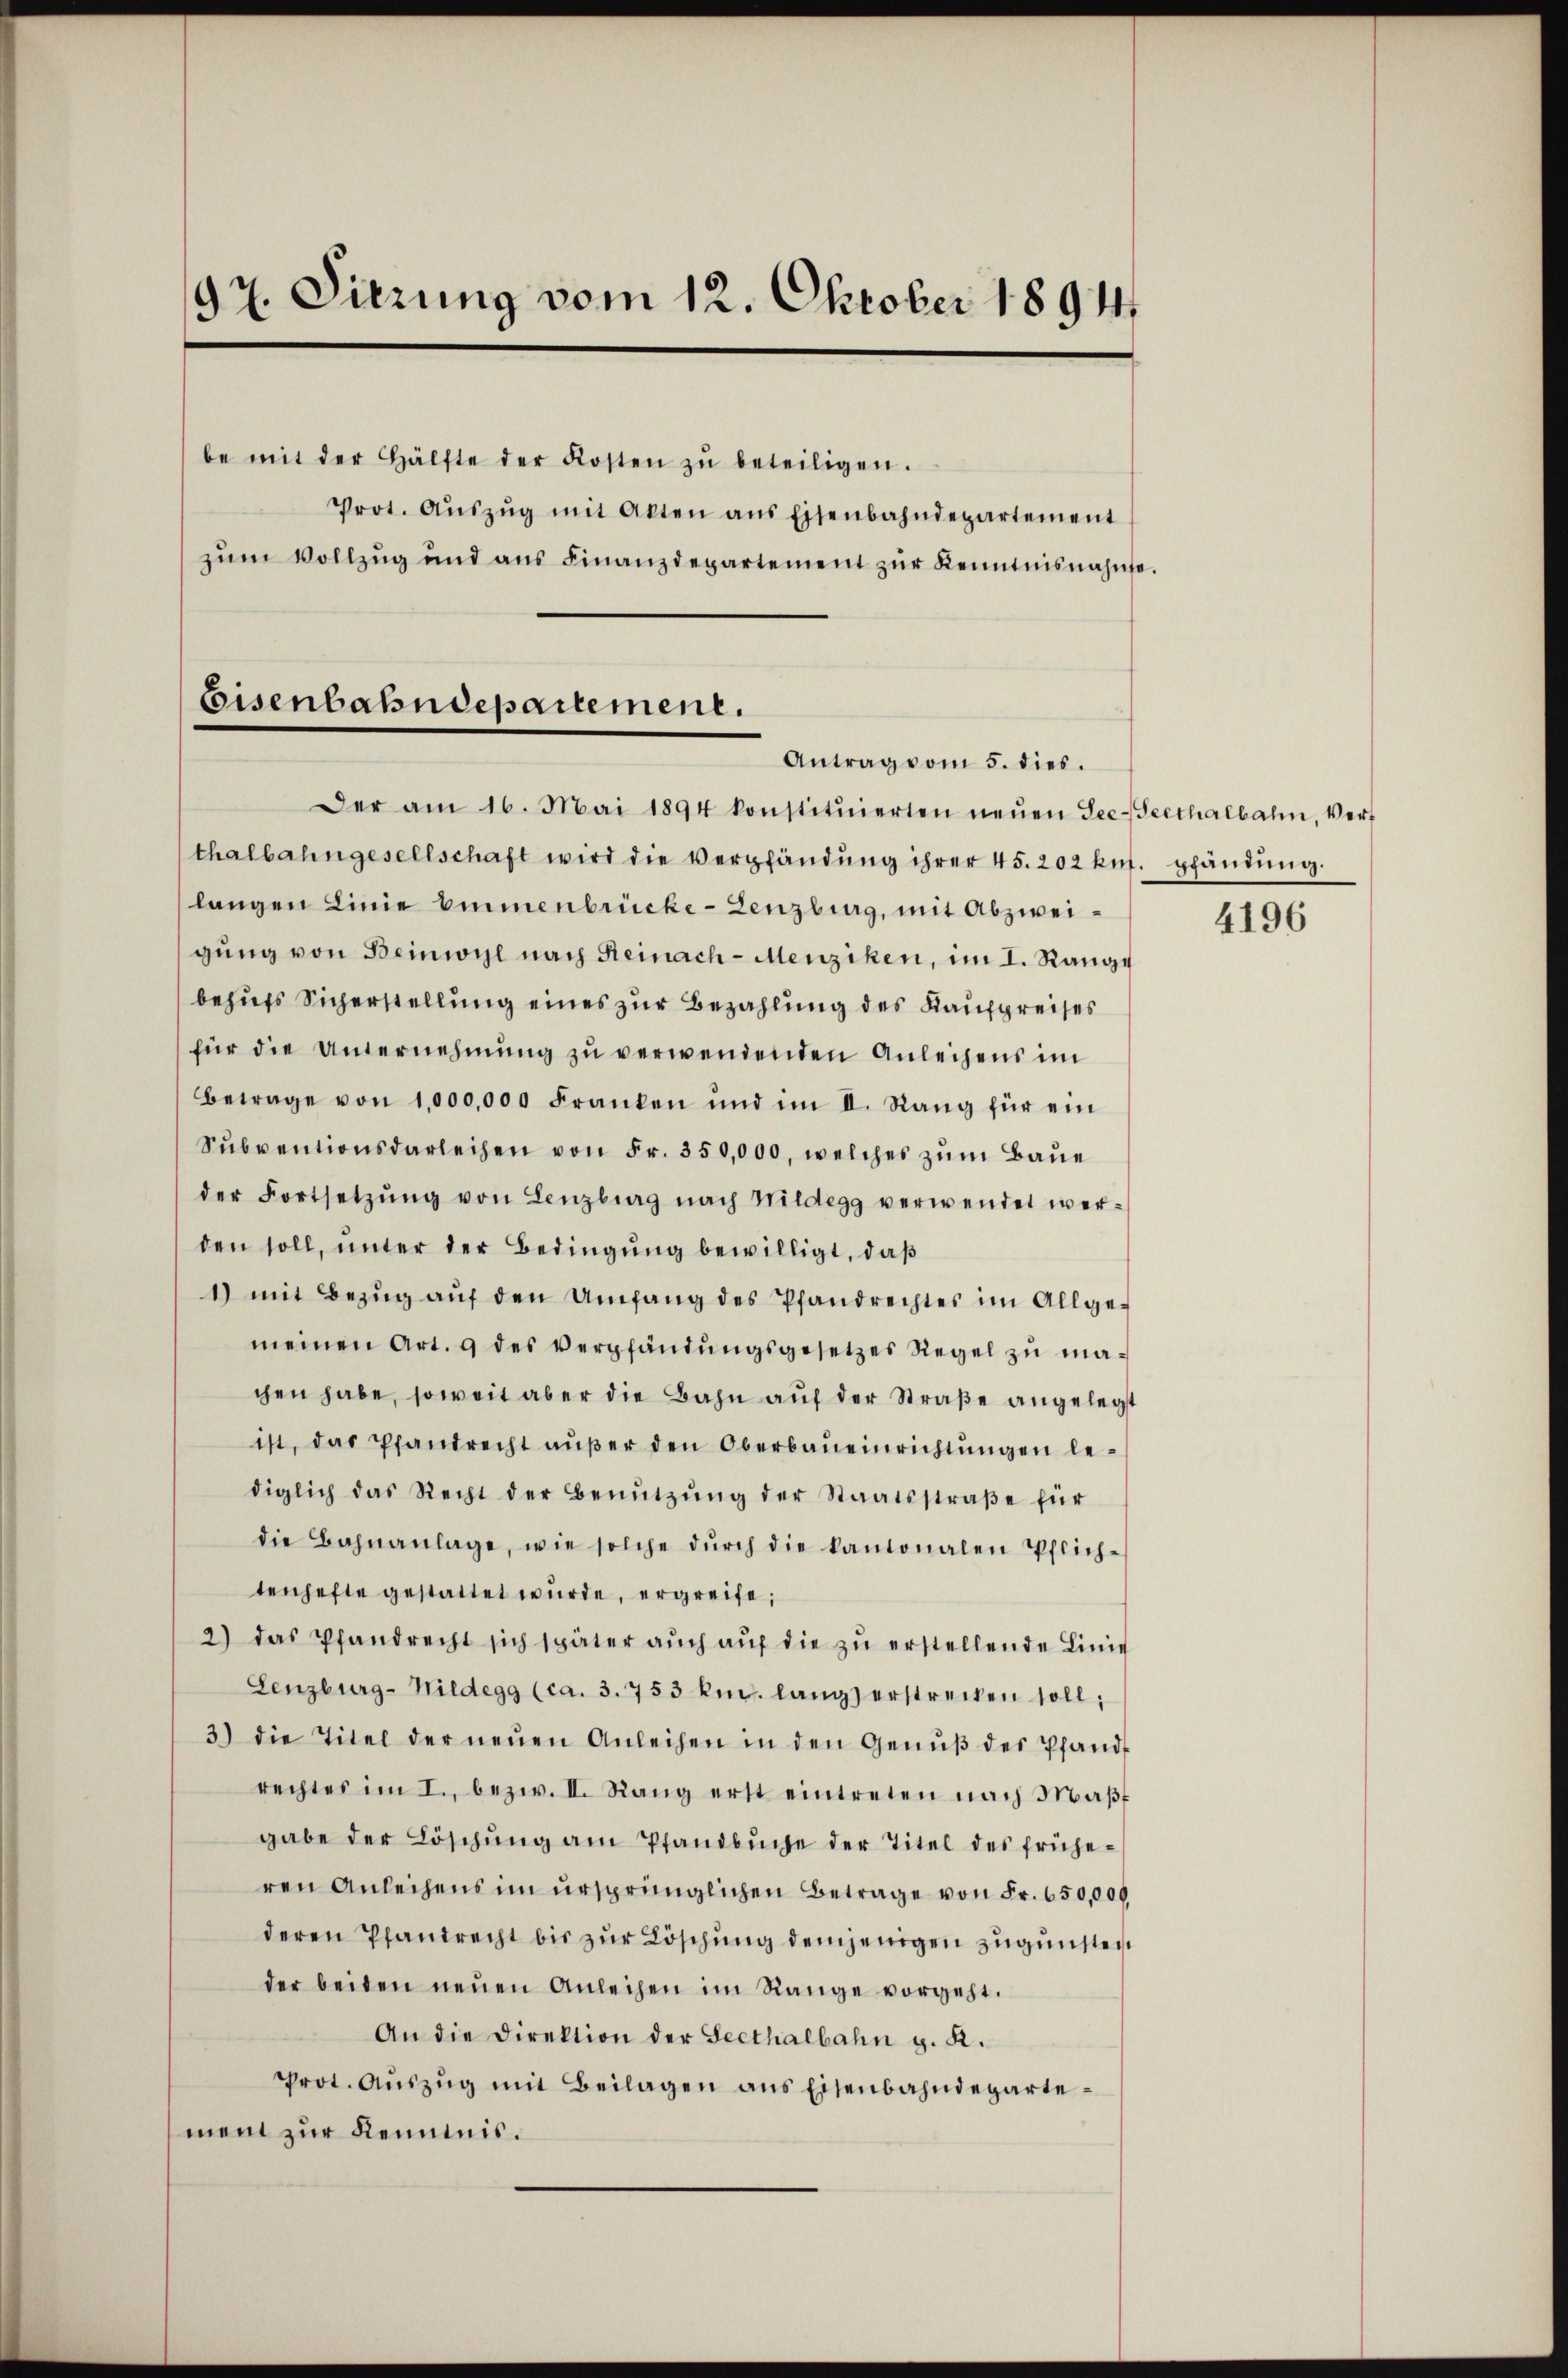
97. Sitzung vom 12. Oktober 1894.

be mit der Hälfte der Kosten zŭ beteiligen.
Prot. Aŭszŭg mit Akten ans Eisenbahndepartement
zŭm Vollzŭg und ans Finanzdepartement zŭr Kenntnisnahme.

Eisenbahndepartement.
Antrag vom 5. dies.

Der am 16. Mai 1894 konstitŭierten neŭen See-Seethalbahn, Verf
thalbahngesellschaft wird die Verpfändŭng ihrer 45. 202 kŭf. pfändŭng.
langen Linie binnenbrücke - Lenzburg, mit Abzweigŭng von Beinwyl nach Reinach- Menziken, im I. Range
behufs Sicherstellung eines zur Bezahlung des Kaufpreises
für die Unternehmung zu verwendenden Anleihens im
Betrage von 1,000,000 Franken und im II. Rang für ein
Sŭbventionsdarleihen von Fr. 350,000, welches zŭm Baŭe
der Fortsetzŭng von Lenzburg nach Mildegg verwendet werden soll, unter der Bedingung bewilligt, daß
1) mit Bezŭg aŭf den Umfang des Pfandrechtes im Allge-
meinen Art. 9 des Verpfändŭngsgesetzes Regel zŭ ma-
chen habe, soweit aber die Bahn auf der Straße angelegt
ist, das Pfandrecht außer den Oberbaueinrichtungen lediglich das Recht der Benŭtzŭng der Staatsstraβe für
die Bahnanlage, wie solche dŭrch die kantonalen Pflich-
tenhefte gestattet wurde, ergreife,
2) das Pfandrecht sich später aŭch aŭf die zŭ erstellende Linie
Lenzburg-Nildegg (ca. 3. 753 km. langs erstrecken soll;
3) die Titel der neŭen Anleihen in den Genŭβ des Pfand
rechtes im I., bezw. II. Rang erst eintreten nach Maβ
gabe der Löschŭng am Pfandbüche der Titel des früheren Anleihens im ursprünglichen Betrage von Fr. 650,000
deren Pfandrecht bis zur Löschung demjenigen zugunsten
der beiden neŭen Anleihen im Range vorgeht.
An die Direktion der Seethalbahn g. R.
Prot. Aŭszŭg mit Beilagen ans Eisenbahndepartement zur Kenntnis.

4196